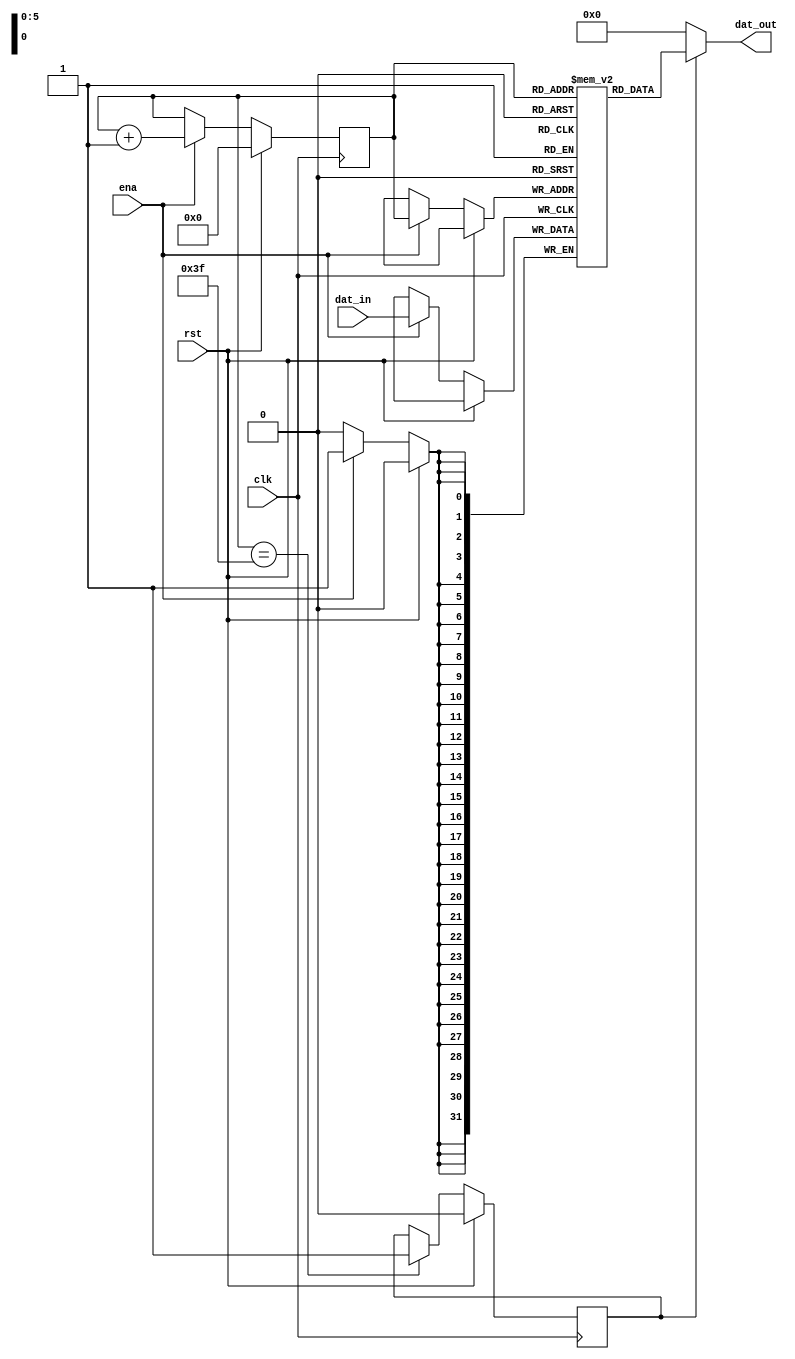
`timescale 1ns / 1ps
//////////////////////////////////////////////////////////////////////////////////
// Company: 
// Engineer: 
// 
// Design Name: 
// Module Name:    Delay64 
// Project Name: 
// Target Devices: 
// Tool versions: 
// Description: 
//
// Dependencies: 
//
// Revision: 
// Revision 0.01 - File Created
// Additional Comments: 
//
//////////////////////////////////////////////////////////////////////////////////
module Delay2n #(parameter WIDTH = 32, D = 64, B = 6)(
	input  clk, rst, ena,
	input  [WIDTH-1:0] dat_in,	
	output [WIDTH-1:0] dat_out
);
reg [WIDTH-1:0] dat_ram [D-1:0];
reg [B-1:0]  adr_cnt;
reg 			 dat_val;
assign 	  dat_out  = (dat_val)? dat_ram[adr_cnt]: 0;
//integer 	cnt;
always@ (posedge clk)begin
	if(rst) begin
			adr_cnt <= 0;
			//for (cnt = 0; cnt < D; cnt = cnt+1) dat_ram[cnt] <= 0;
		end
	else if (ena) begin
			dat_ram[adr_cnt]	<= dat_in;
			adr_cnt 				<= adr_cnt +1'b1;
		end		
end
always@ (posedge clk)begin
	if(rst) 								dat_val <= 1'b0;
	else if (adr_cnt == {B{1'b1}}) dat_val <= 1'b1;
end
endmodule